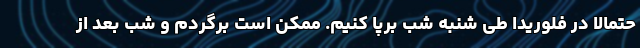
حتمالا در فلوریدا طی شنبه شب برپا کنیم. ممکن است برگردم و شب بعد از